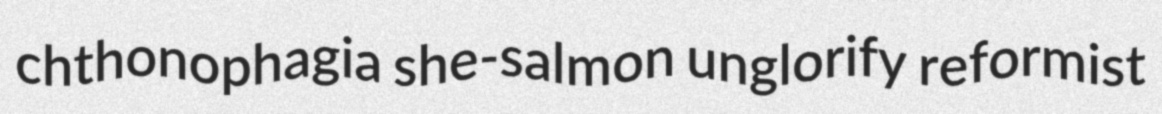
chthonophagia she-salmon unglorify reformist